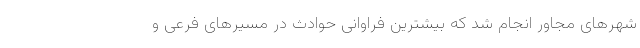
شهرهای مجاور انجام شد که بیشترین فراوانی حوادث در مسیرهای فرعی و